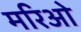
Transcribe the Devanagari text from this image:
मरिओ